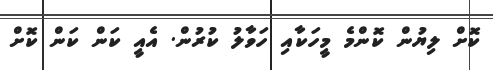
ކޮށް ލިޔުން ކޮންމެ މީހަކާއި ހަވާލު ކުރުން. އެއީ ކަން ކަން ކޮށް